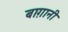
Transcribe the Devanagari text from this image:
बाग़ानी